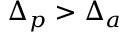
\Delta _ { p } > \Delta _ { a }